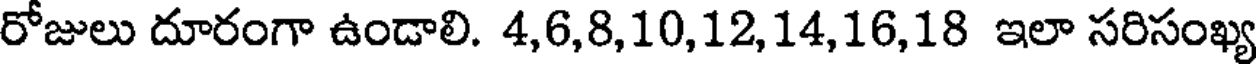
రోజులు దూరంగా ఉండాలి. 4,6,8,10,12,14,16,18 ఇలా సరిసంఖ్య